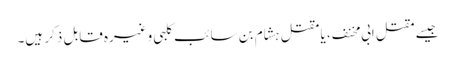
جیسے مقتل ابی مخنف ، یا مقتل ہشام بن سائب کلبی وغیرہ قابل ذکر ہیں۔